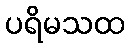
ပရိမသထ